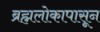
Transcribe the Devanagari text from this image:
ब्रह्मलोकापासून